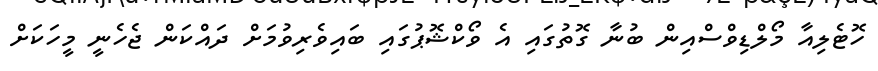
ހޮޓެލިއާ މޯލްޑިވްސްއިން ބުނާ ގޮތުގައި އެ ވޯކްޝޮޕުގައި ބައިވެރިވުމަށް ދައްކަން ޖެހެނީ މީހަކަށް